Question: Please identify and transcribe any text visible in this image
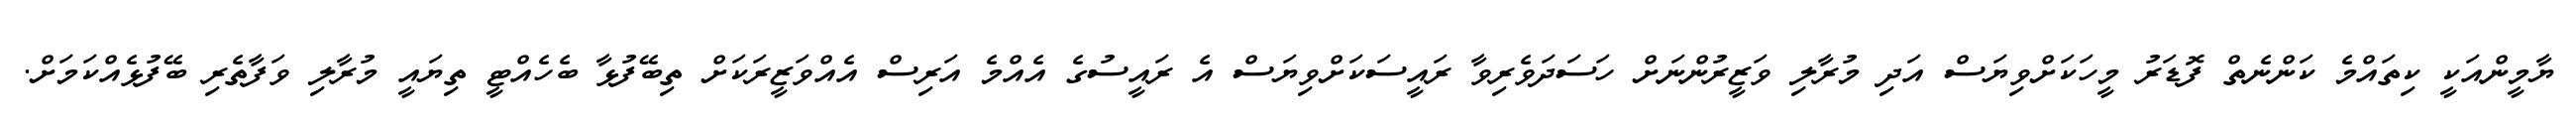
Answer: ޔާމީންއަކީ ކިތައްމެ ކަންނެތް ފޮޑަރު މީހަކަށްވިޔަސް އަދި މުރާލި ވަޒީރުންނަށް ހަސަދަވެރިވާ ރައީސަކަށްވިޔަސް އެ ރައީސުގެ އެއްމެ އަރިސް އެއްވަޒީރަކަށް ތިބޭފުޅާ ބެހެއްޓީ ތިޔައީ މުރާލި ވަފާތެރި ބޭފުޅެއްކަމަށް.